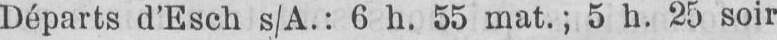
Départs d’Esch s/A.: 6 h. 55 mat.; 5 h. 25 soir.